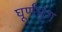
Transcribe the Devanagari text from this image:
घूर्णभृंग